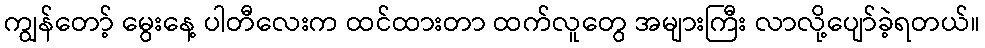
ကျွန်တော့် မွေးနေ့ ပါတီလေးက ထင်ထားတာ ထက်လူတွေ အများကြီး လာလို့ပျော်ခဲ့ရတယ်။